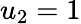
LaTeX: u_{2}=1